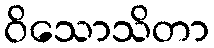
ဝိသောသိတာ